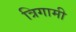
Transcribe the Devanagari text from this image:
त्रिगामी